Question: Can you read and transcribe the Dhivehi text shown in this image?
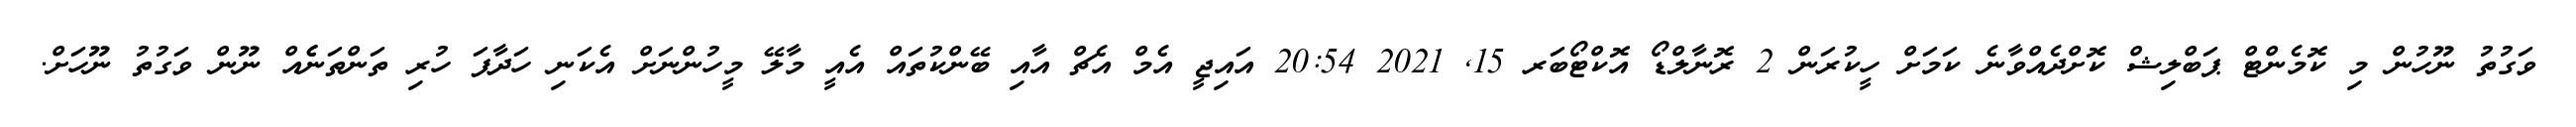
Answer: ވަގުތު ނޫހުން މި ކޮމެންޓް ޕަބްލިޝް ކޮށްދެއްވާނެ ކަމަށް ހީކުރަން 2 ރޮނާލްޑޯ އޮކްޓޯބަރ 15, 2021 20:54 އައިޖީ އެމް އެޗް އާއި ބޭންކުތައް އެއީ މާލޭ މީހުންނަށް އެކަނި ހަދާފަ ހުރި ތަންތަނެެއް ނޫން ވަގުތު ނޫހަށް.